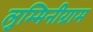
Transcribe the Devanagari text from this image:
लुम्मिनीग्राम